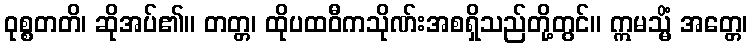
ဝုစ္စတတိ၊ ဆိုအပ်၏။ တတ္တ၊ ထိုပထဝီကသိုဏ်းအစရှိသည်တို့တွင်။ ဣမသ္မိံ အတ္တေ၊